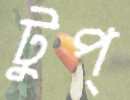
টুপ্‌